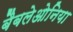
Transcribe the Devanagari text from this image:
बैबलेओनिया